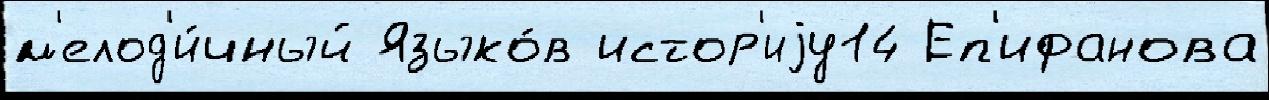
м'елод'и́чный Языко́в истор'иjу14 Еп'ифанова